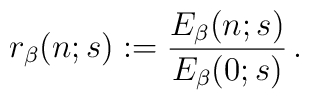
r_\beta(n;s):= {E_\beta(n;s)\over E_\beta(0;s)} \, .